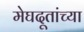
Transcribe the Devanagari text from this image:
मेघदूतांच्या